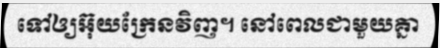
ទៅឲ្យអ៊ុយក្រែនវិញ។ នៅពេលជាមួយគ្នា